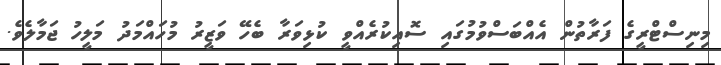
މިނިސްޓްރީގެ ފަރާތުން އެއްބަސްވުމުގައި ސޮއިކުރެއްވީ ކުޅިވަރާ ބެހޭ ވަޒީރު މުހައްމަދު މަލީހު ޖަމާލެވެ.